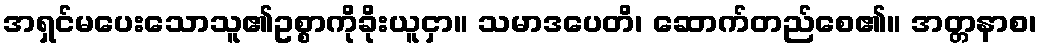
အရှင်မပေးသောသူ၏ဥစ္စာကိုခိုးယူငှာ။ သမာဒပေတိ၊ ဆောက်တည်စေ၏။ အတ္တနာစ၊